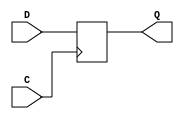
/**
 * register library
 */

// signal naming convention adapted from http://www.ece.uah.edu/~milenka/cpe528-03S/lectures/HDLModels.pdf

/**
 * N-bit register
 */
module DFF_REG #(
  parameter N = 1,
  parameter INIT = {N{1'b0}}
) (
  input               C,  // clock input
  input [N-1:0]       D,  // data input
  output reg [N-1:0]  Q   // data output
);
  initial Q = INIT;
  always @(posedge C)
    Q <= D;
endmodule

/**
 * N-bit register with synchronous reset
 */
module DFF_REG_R #(
  parameter N = 1,
  parameter INIT = {N{1'b0}}
) (
  input               C,  // clock input
  input               R,  // synchronous reset input
  input [N-1:0]       D,  // data input
  output reg [N-1:0]  Q   // data output
);
  initial Q = INIT;
  always @(posedge C)
    if (!R) Q <= INIT;
    else Q <= D;
endmodule

/**
 * N-bit register with synchronous reset and clock enable
 */
module DFF_REG_RCE #(
  parameter N = 1,
  parameter INIT = {N{1'b0}}
) (
  input               C,  // clock input
  input               R,  // synchronous reset input
  input               CE, // clock enable input
  input [N-1:0]       D,  // data input
  output reg [N-1:0]  Q   // data output
);
  initial Q = INIT;
  always @(posedge C)
    if (!R) Q <= INIT;
    else if (CE) Q <= D;
endmodule